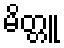
မိတ္တူ